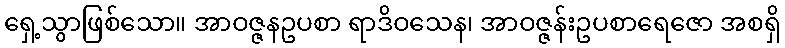
ရှေ့သွာဖြစ်သော။ အာဝဇ္ဇနဥပစာ ရာဒိဝသေန၊ အာဝဇ္ဇန်းဥပစာရေဇော အစရှိ